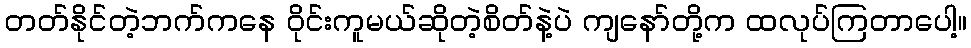
တတ်နိုင်တဲ့ဘက်ကနေ ဝိုင်းကူမယ်ဆိုတဲ့စိတ်နဲ့ပဲ ကျနော်တို့က ထလုပ်ကြတာပေါ့။